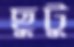
ছুটু